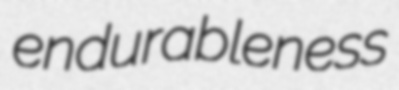
endurableness